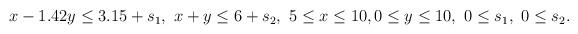
LaTeX: \begin{align*}&\\&x - 1.42 y \le 3.15 + s_1,\ x + y \le 6 + s_2,\ 5 \le x \le 10, 0 \le y \le 10,\ 0 \le s_1,\ 0 \le s_2.\end{align*}